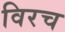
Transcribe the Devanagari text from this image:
विरच